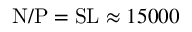
\mathrm { N } / \mathrm { P } = \mathrm { S } \mathrm { L } \approx 1 5 0 0 0